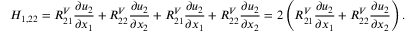
H _ { 1 , 2 2 } = R _ { 2 1 } ^ { V } \frac { \partial u _ { 2 } } { \partial x _ { 1 } } + R _ { 2 2 } ^ { V } \frac { \partial u _ { 2 } } { \partial x _ { 2 } } + R _ { 2 1 } ^ { V } \frac { \partial u _ { 2 } } { \partial x _ { 1 } } + R _ { 2 2 } ^ { V } \frac { \partial u _ { 2 } } { \partial x _ { 2 } } = 2 \left( R _ { 2 1 } ^ { V } \frac { \partial u _ { 2 } } { \partial x _ { 1 } } + R _ { 2 2 } ^ { V } \frac { \partial u _ { 2 } } { \partial x _ { 2 } } \right) .